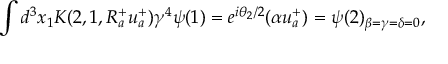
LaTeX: \int d ^ { 3 } x _ { 1 } K ( 2 , 1 , R _ { a } ^ { + } u _ { a } ^ { + } ) \gamma ^ { 4 } \psi ( 1 ) = e ^ { i \theta _ { 2 } / 2 } ( \alpha u _ { a } ^ { + } ) = \psi ( 2 ) _ { \beta = \gamma = \delta = 0 } ,